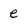
Character: e